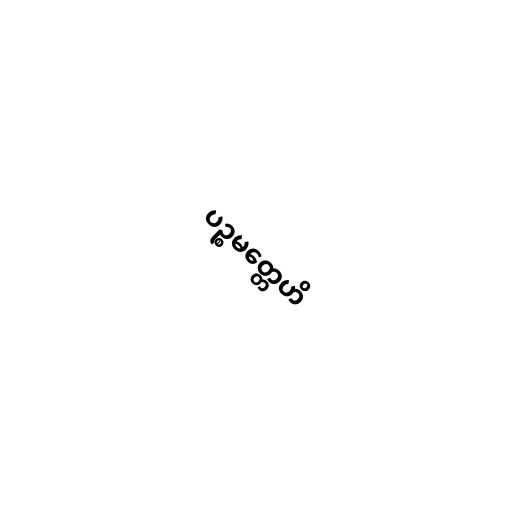
ပဉ္စမတ္တေဟိ